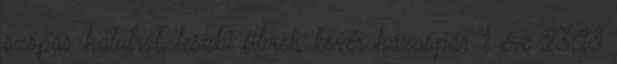
szopás hátulról, leszbi filmek, kövér házaspár 1 éve 23:18